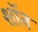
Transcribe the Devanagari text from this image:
शाॅन